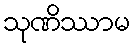
သုဏိဿာမ